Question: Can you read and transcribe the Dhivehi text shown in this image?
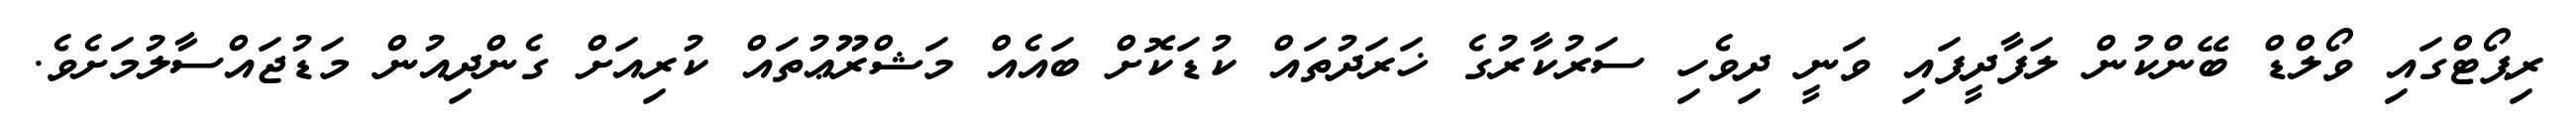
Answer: ރިޕޯޓްގައި ވޯލްޑް ބޭންކުން ލަފާދީފައި ވަނީ ދިވެހި ސަރުކާރުގެ ޚަރަދުތައް ކުޑަކޮށް ބައެއް މަޝްރޫޢުތައް ކުރިއަށް ގެންދިއުން މަޑުޖައްސާލުމަށެވެ.